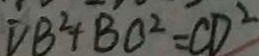
D B ^ { 2 } + B C ^ { 2 } = C D ^ { 2 }